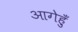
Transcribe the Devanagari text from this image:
आगेहुँ